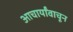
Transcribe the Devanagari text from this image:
आचार्यांवाचून